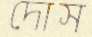
দোস